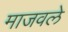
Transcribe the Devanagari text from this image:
माजवले